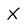
Character: X